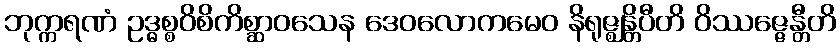
ဘုက္ကရဏံ ဥဒ္ဓစ္စဝိစိကိစ္ဆာဝသေန ဒေဝလောကမေဝ နိရုဇ္ဈန္တိပီတိ ဝိဿဇ္ဇေန္တီတိ